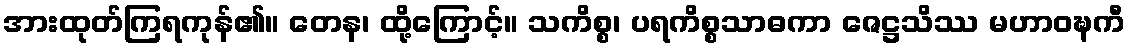
အားထုတ်ကြရကုန်၏။ တေန၊ ထို့ကြောင့်။ သကိစ္စ၊ ပရကိစ္စသာဓကာ ဇေဋ္ဌသိဿ မဟာဝဍ္ဎကီ